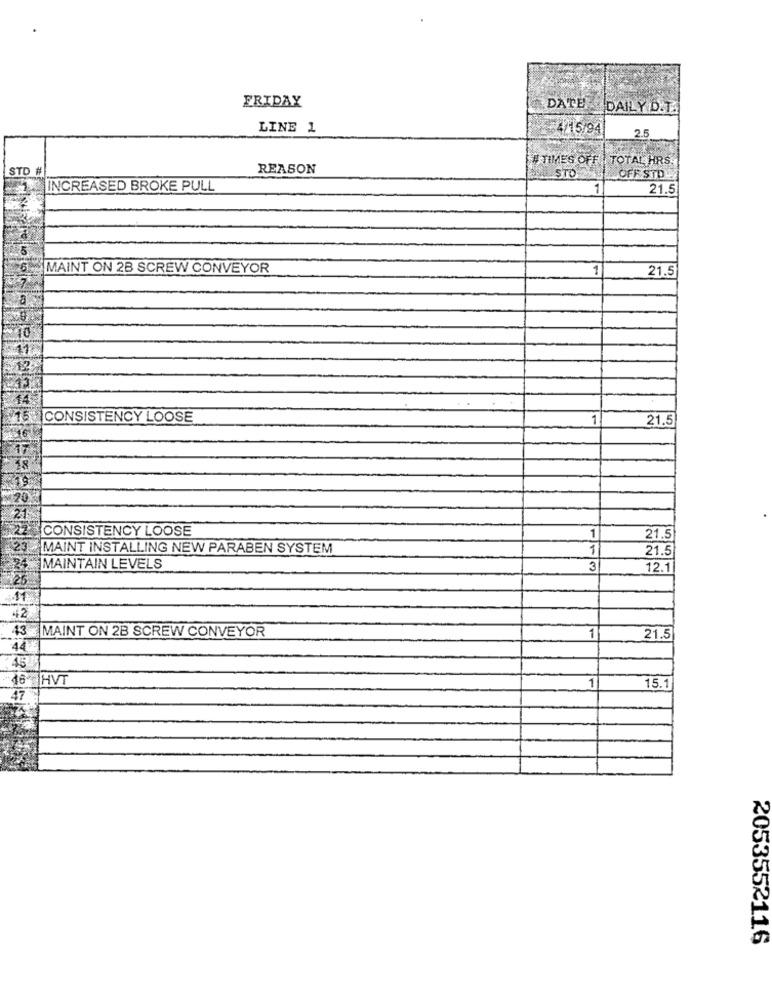
FRIDAY
DATE
DAILY D.T.
LINE 1
54/15/94
25
# TIMES OFF | TOTAL HRS.
STD #
REASON
STO
LOFF STD
INCREASED BROKE PULL
1
21.5
MAINT ON 2B SCREW CONVEYOR
1
21.5
15
CONSISTENCY LOOSE
1
21.5
CONSISTENCY LOOSE
1
21.5
MAINT INSTALLING NEW PARABEN SYSTEM
1
21.5
MAINTAIN LEVELS
3
12.1
43 MAINT ON 2B SCREW CONVEYOR
1
21.5
44X
45
16 HVT
1
15.1
2053552116